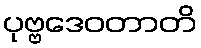
ပုဗ္ဗဒေဝတာတိ